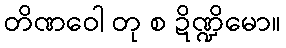
တိဏဝေါ တု စ ဍိဏ္ဍိမော။